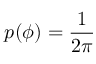
p ( \phi ) = \frac { 1 } { 2 \pi }